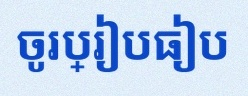
ចូរប្រៀបធៀប